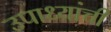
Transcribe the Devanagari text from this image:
उपाध्यांची